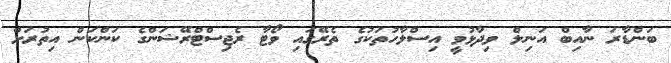
ބަންޑާރަ ނާއިބް އަނިލް ވިދާޅުވީ އިސްލާހުތަކުގެ ތެރޭގައި ވޯޓާ ރެޖިސްޓްރޭޝަންގެ ކަންކަން އިތުރަށް